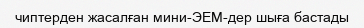
чиптерден жасалған мини-ЭЕМ-дер шыға бастады